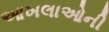
આખલાઓની